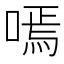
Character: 嘕